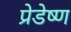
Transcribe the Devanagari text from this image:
प्रेडेष्ण